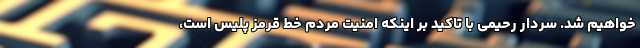
خواهیم شد. سردار رحیمی با تاکید بر اینکه امنیت مردم خط قرمز پلیس است،